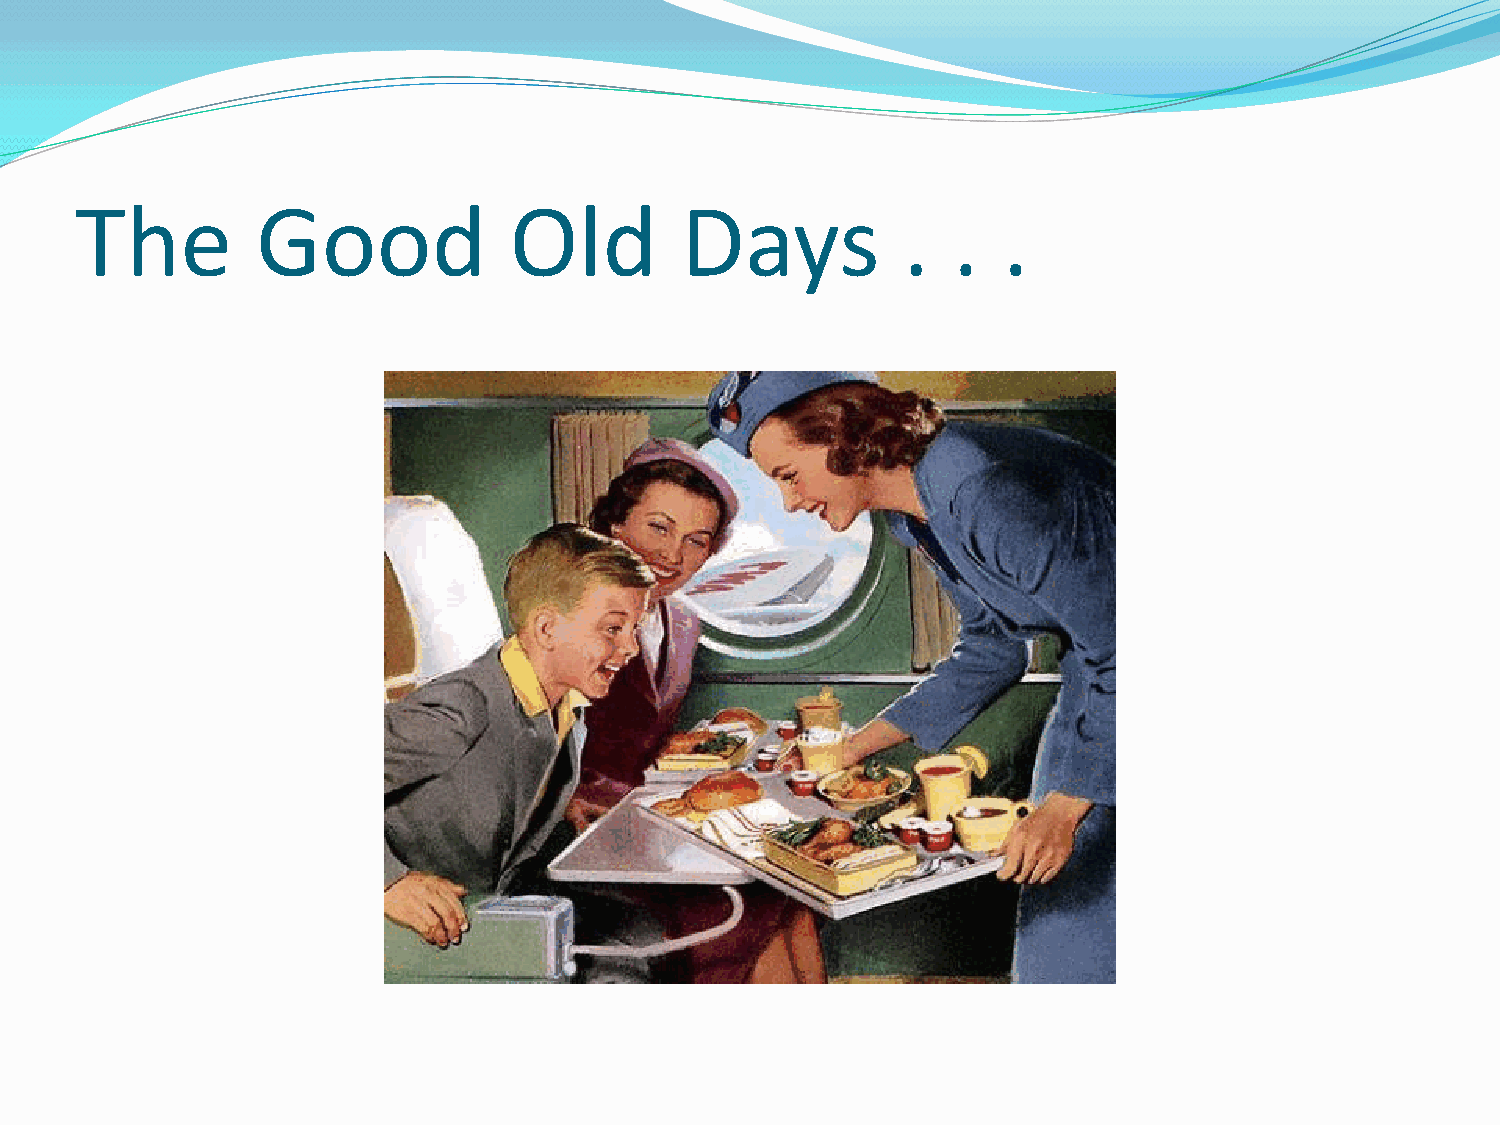
The         Good             Old        Days           .  .  .